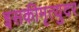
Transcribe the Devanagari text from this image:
इसकीमृत्युदर